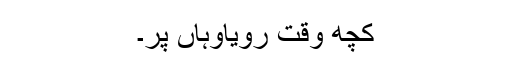
کچھ وقت رویاوہاں پر۔